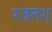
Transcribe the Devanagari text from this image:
रजतश्